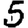
Digit: 5